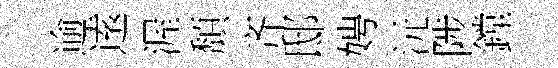
逾逺渥頽齐邸娉沅陟鏜